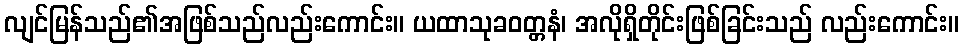
လျင်မြန်သည်၏အဖြစ်သည်လည်းကောင်း။ ယထာသုခဝတ္တနံ၊ အလိုရှိတိုင်းဖြစ်ခြင်းသည် လည်းကောင်း။